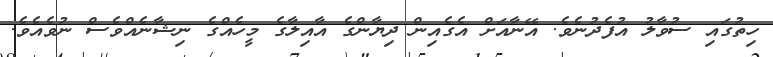
ހިތުގައި ސުވާލު އުފެދުނެވެ. އޭނާއަށް އެގެއިން ދިޔާންގެ އާއިލާގެ މީހެއްގެ ނިޝާނެއްވެސް ނުވެއެވެ.